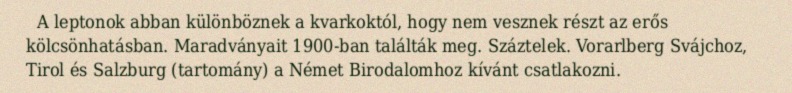
A leptonok abban különböznek a kvarkoktól, hogy nem vesznek részt az erős kölcsönhatásban. Maradványait 1900-ban találták meg. Száztelek. Vorarlberg Svájchoz, Tirol és Salzburg (tartomány) a Német Birodalomhoz kívánt csatlakozni.